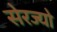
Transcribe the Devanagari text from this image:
सेरज्यो